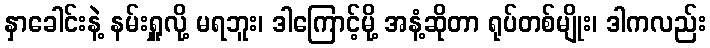
နှာခေါင်းနဲ့ နမ်းရှူလို့ မရဘူး၊ ဒါကြောင့်မို့ အနံ့ဆိုတာ ရုပ်တစ်မျိုး၊ ဒါကလည်း